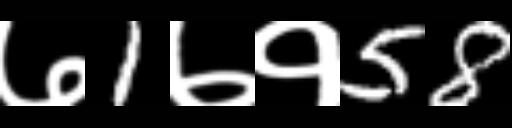
Text: ७1७१58